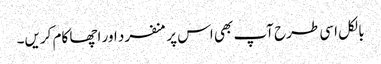
بالکل اسی طرح آپ بھی اس پر منفرد اور اچھا کام کریں۔